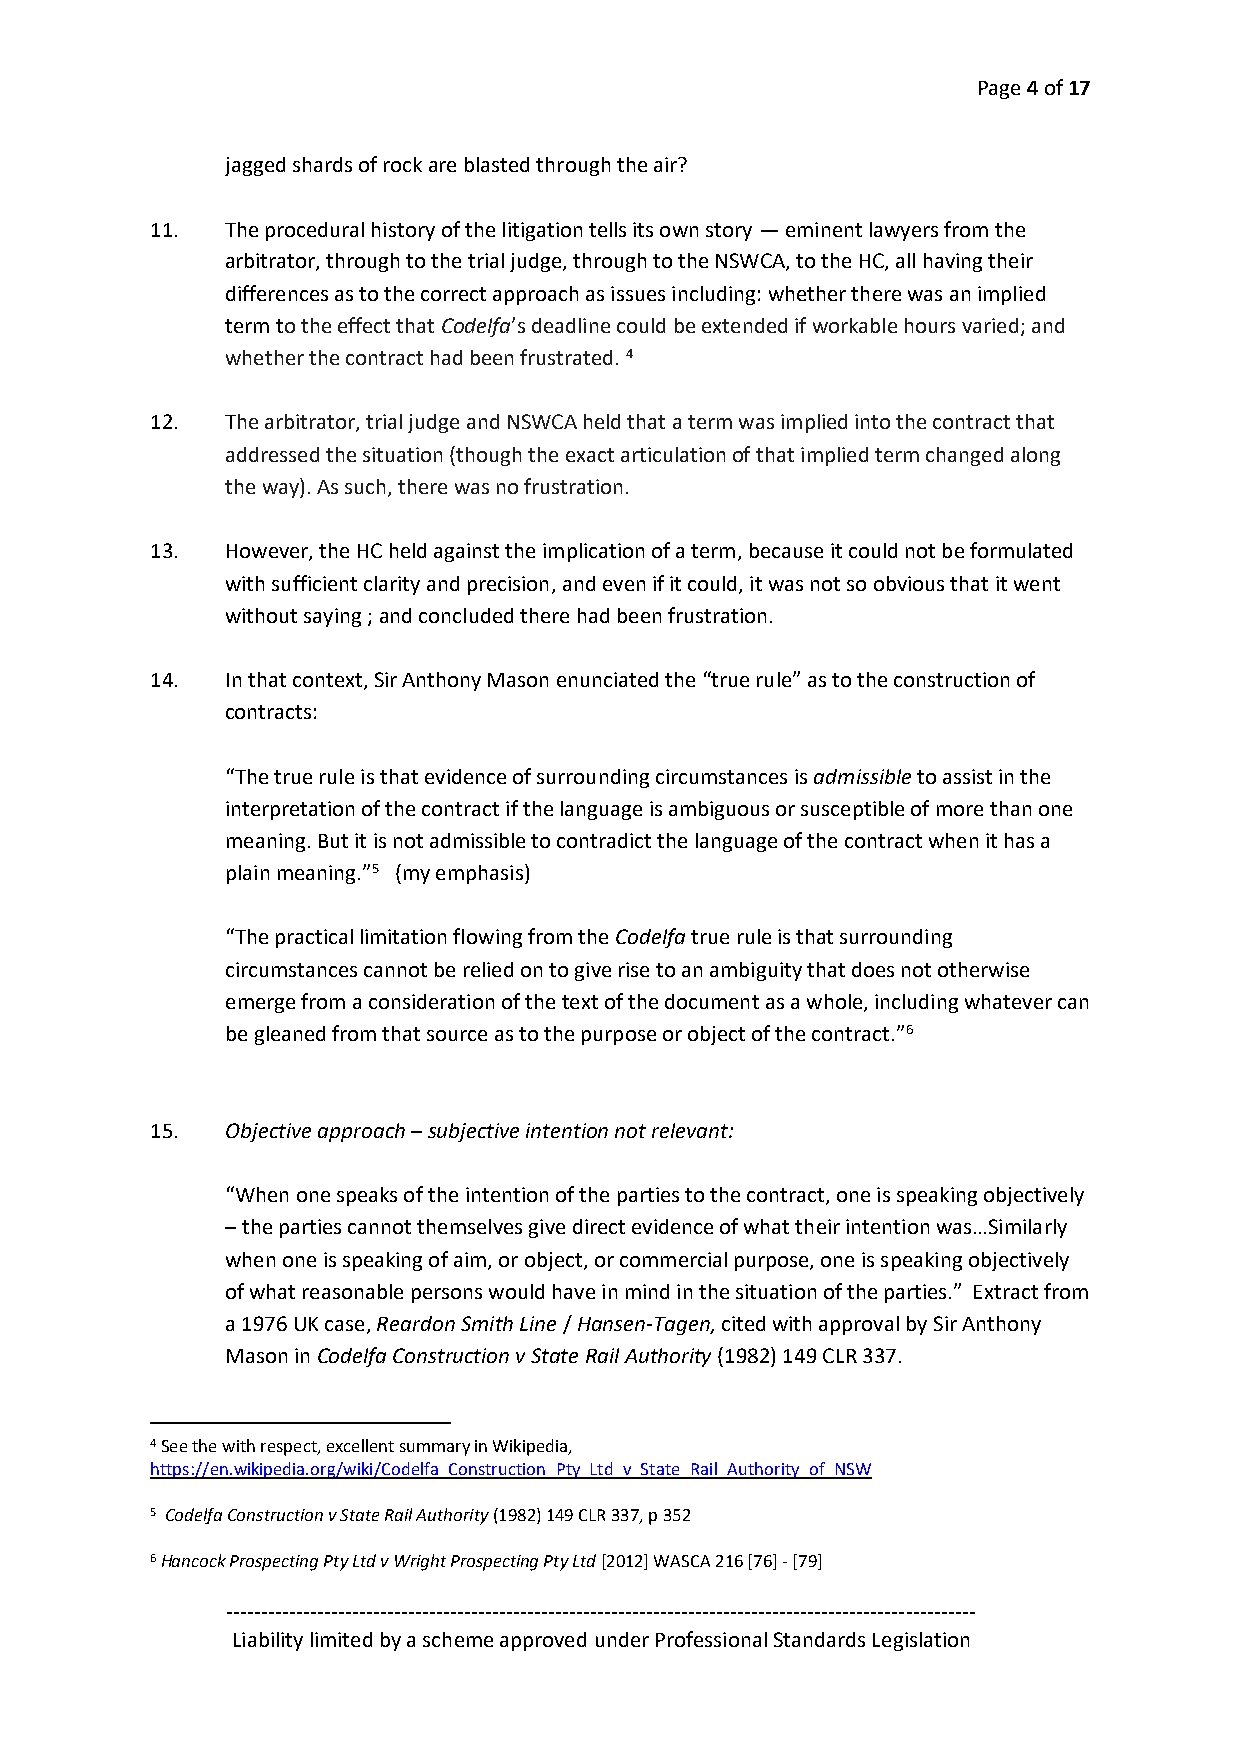
Page 4 of 17
 jagged shards of rock are blasted through the air?
 11.  The procedural history of the litigation tells its own story — eminent lawyers from the
 arbitrator, through to the trial judge, through to the NSWCA, to the HC, all having their
 differences as to the correct approach as issues including: whether there was an implied
 term to the effect that Codelfa’s deadline could be extended if workable hours varied; and
 whether the contract had been frustrated. 4
 12.  The arbitrator, trial judge and NSWCA held that a term was implied into the contract that
 addressed the situation (though the exact articulation of that implied term changed along
 the way). As such, there was no frustration.
 13.  However, the HC held against the implication of a term, because it could not be formulated
 with sufficient clarity and precision, and even if it could, it was not so obvious that it went
 without saying ; and concluded there had been frustration.
 14.  In that context, Sir Anthony Mason enunciated the “true rule” as to the construction of
 contracts:
 “The true rule is that evidence of surrounding circumstances is admissible to assist in the
 interpretation of the contract if the language is ambiguous or susceptible of more than one
 meaning. But it is not admissible to contradict the language of the contract when it has a
 plain meaning.”5 (my emphasis)
 “The practical limitation flowing from the Codelfa true rule is that surrounding
 circumstances cannot be relied on to give rise to an ambiguity that does not otherwise
 emerge from a consideration of the text of the document as a whole, including whatever can
 be gleaned from that source as to the purpose or object of the contract.”6
 15.  Objective approach – subjective intention not relevant:
 “When one speaks of the intention of the parties to the contract, one is speaking objectively
 – the parties cannot themselves give direct evidence of what their intention was…Similarly
 when one is speaking of aim, or object, or commercial purpose, one is speaking objectively
 of what reasonable persons would have in mind in the situation of the parties.” Extract from
 a 1976 UK case, Reardon Smith Line / Hansen-Tagen, cited with approval by Sir Anthony
 Mason in Codelfa Construction v State Rail Authority (1982) 149 CLR 337.
 4 See the with respect, excellent summary in Wikipedia,
 https://en.wikipedia.org/wiki/Codelfa_Construction_Pty_Ltd_v_State_Rail_Authority_of_NSW
 5 Codelfa Construction v State Rail Authority (1982) 149 CLR 337, p 352
 6 Hancock Prospecting Pty Ltd v Wright Prospecting Pty Ltd [2012] WASCA 216 [76] - [79]
 -----------------------------------------------------------------------------------------------------------
 Liability limited by a scheme approved under Professional Standards Legislation